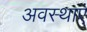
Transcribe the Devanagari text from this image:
अवस्‍थाएं